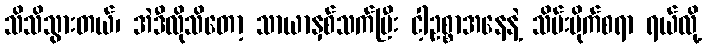
သိသိသွားတယ်၊ အဲဒီလိုသိတော့ သာယာနှစ်သက်ပြီး ငါ့ဥစ္စာအနေနဲ့ သိမ်းပိုက်စရာ ရယ်လို့